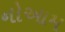
નોઆમ